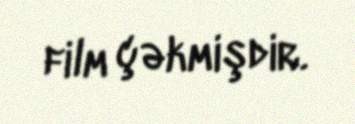
film çəkmişdir.